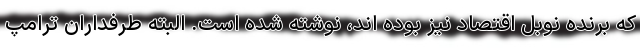
که برنده نوبل اقتصاد نیز بوده اند، نوشته شده است. البته طرفداران ترامپ